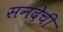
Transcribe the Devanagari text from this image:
सनदेची